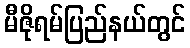
မီဇိုရမ်ပြည်နယ်တွင်